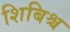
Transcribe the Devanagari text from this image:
शिबिश्च